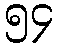
၅၄